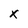
Character: x